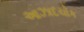
આઝાદચોક